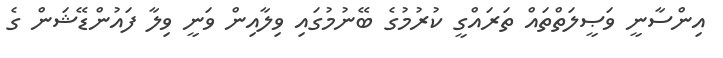
އިންސާނީ ވަޞީލަތްތައް ތަރައްގީ ކުރުމުގެ ބޭނުމުގައި ވިލާއިން ވަނީ ވިލާ ފައުންޑޭޝަން ގެ